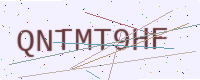
Text: QNTMT9HF